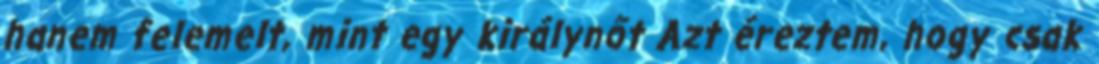
hanem felemelt, mint egy királynőt Azt éreztem, hogy csak